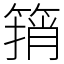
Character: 䈰